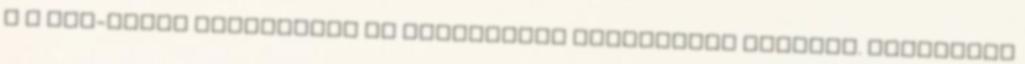
m A LUX-TOOLS fedőponyva PE műanyagból polietilén készült. Különösen